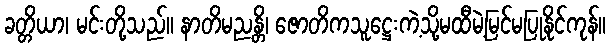
ခတ္တိယာ၊ မင်းတို့သည်။ နာတိမညန္တိ၊ ဇောတိကသူဋ္ဌေးကဲ့သို့မထီမဲ့မြင်မပြုနိုင်ကုန်။